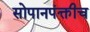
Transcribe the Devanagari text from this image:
सोपानपंक्तीच